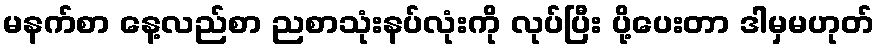
မနက်စာ နေ့လည်စာ ညစာသုံးနပ်လုံးကို လုပ်ပြီး ပို့ပေးတာ ဒါမှမဟုတ်